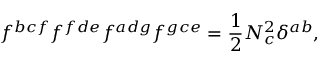
f ^ { b c f } f ^ { f d e } f ^ { a d g } f ^ { g c e } = \frac { 1 } { 2 } N _ { c } ^ { 2 } \delta ^ { a b } ,